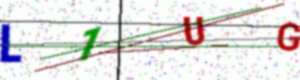
Text: L1UG